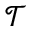
{ \mathcal T }